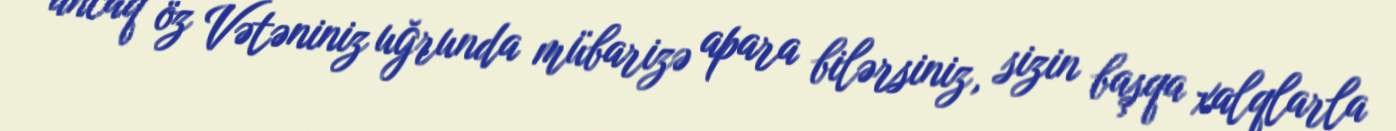
ancaq öz Vətəniniz uğrunda mübarizə apara bilərsiniz, sizin başqa xalqlarla